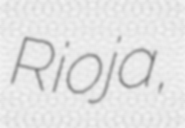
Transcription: Rioja,